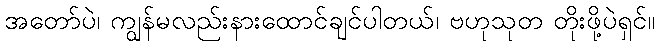
အတော်ပဲ၊ ကျွန်မလည်းနားထောင်ချင်ပါတယ်၊ ဗဟုသုတ တိုးဖို့ပဲရှင်။